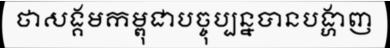
ថាសង្គមកម្ពុជាបច្ចុប្បន្នបានបង្ហាញ